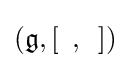
({\mathfrak {g}},[\,\,\,,\,\,\,])